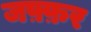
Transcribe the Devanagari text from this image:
जफ़्फ़र